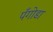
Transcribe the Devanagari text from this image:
पँगोडा